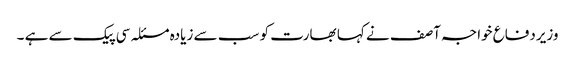
وزیردفاع خواجہ آصف نے کہا بھارت کو سب سے زیادہ مسئلہ سی پیک سے ہے ۔